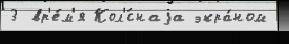
3 вр'е́м'я Кол'́снаjа экра́ном